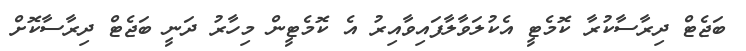
ބަޖެޓް ދިރާސާކުރާ ކޮމެޓީ އެކުލަވާލާފައިވާއިރު އެ ކޮމެޓީން މިހާރު ދަނީ ބަޖެޓް ދިރާސާކޮށް